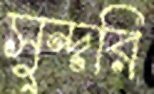
সুন্দরি